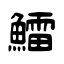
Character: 鱩